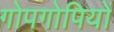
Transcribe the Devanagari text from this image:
गोपगोपियों